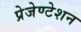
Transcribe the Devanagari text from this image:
प्रेजेण्टेशन